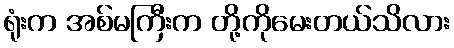
ရုံးက အစ်မကြီးက တို့ကိုမေးတယ်သိလား